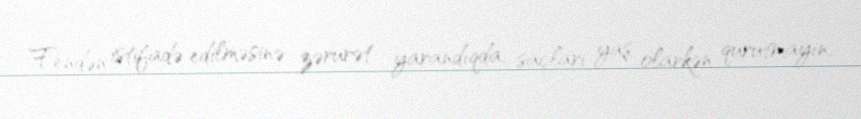
Fendən istifadə edilməsinə zərurət yarandıqda, saçları yaş olarkən qurutmayın,